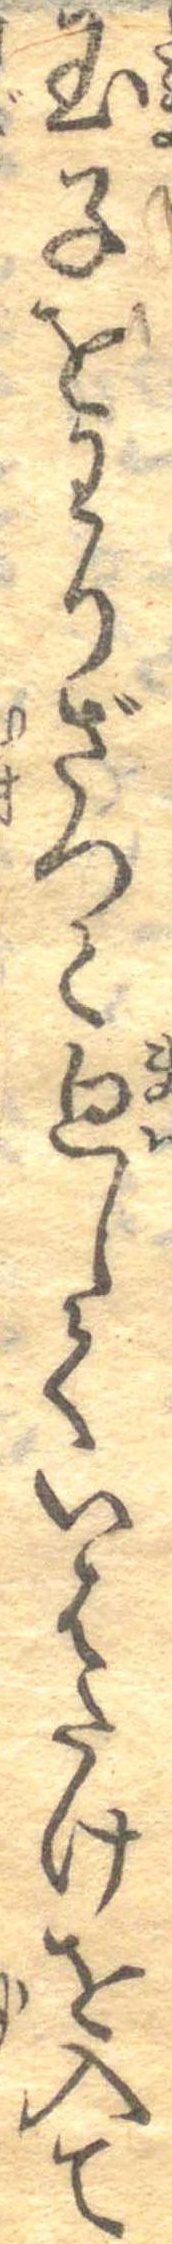
玉子をわりざつと廻していはたけを入て